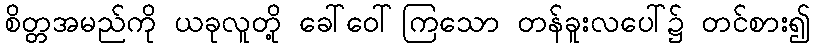
စိတ္တအမည်ကို ယခုလူတို့ ခေါ်ဝေါ်ကြသော တန်ခူးလပေါ်၌ တင်စား၍